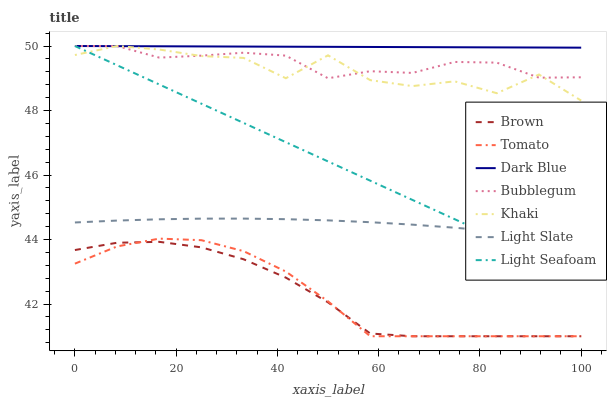
| xaxis_label | Brown | Tomato | Dark Blue | Bubblegum | Khaki | Light Slate | Light Seafoam |
 | --- | --- | --- | --- | --- | --- | --- | --- |
 | 0 | 43.7 | 43.3 | 50 | 50 | 49.7 | 44.5 | 50 |
 | 8.33 | 43.9 | 43.8 | 50 | 50 | 50 | 44.6 | 49.4 |
 | 16.7 | 43.9 | 44 | 50 | 49.6 | 49.9 | 44.6 | 48.8 |
 | 25 | 43.8 | 44 | 50 | 49.7 | 49.7 | 44.6 | 48.2 |
 | 33.3 | 43.4 | 43.6 | 50 | 49.8 | 49.6 | 44.6 | 47.6 |
 | 41.7 | 42.8 | 43 | 50 | 49.7 | 49 | 44.6 | 47 |
 | 50 | 42.1 | 42.1 | 50 | 49 | 49.7 | 44.6 | 46.4 |
 | 58.3 | 41.1 | 41 | 50 | 49.2 | 48.9 | 44.5 | 45.8 |
 | 66.7 | 41 | 41 | 50 | 49.2 | 48.8 | 44.5 | 45.2 |
 | 75 | 41 | 41 | 50 | 49.5 | 48.9 | 44.4 | 44.6 |
 | 83.3 | 41 | 41 | 50 | 49.5 | 48.5 | 44.3 | 44 |
 | 91.7 | 41 | 41 | 50 | 49 | 49.1 | 44.1 | 43.4 |
 | 100 | 41 | 41 | 49.9 | 49 | 48.3 | 44 | 42.8 |